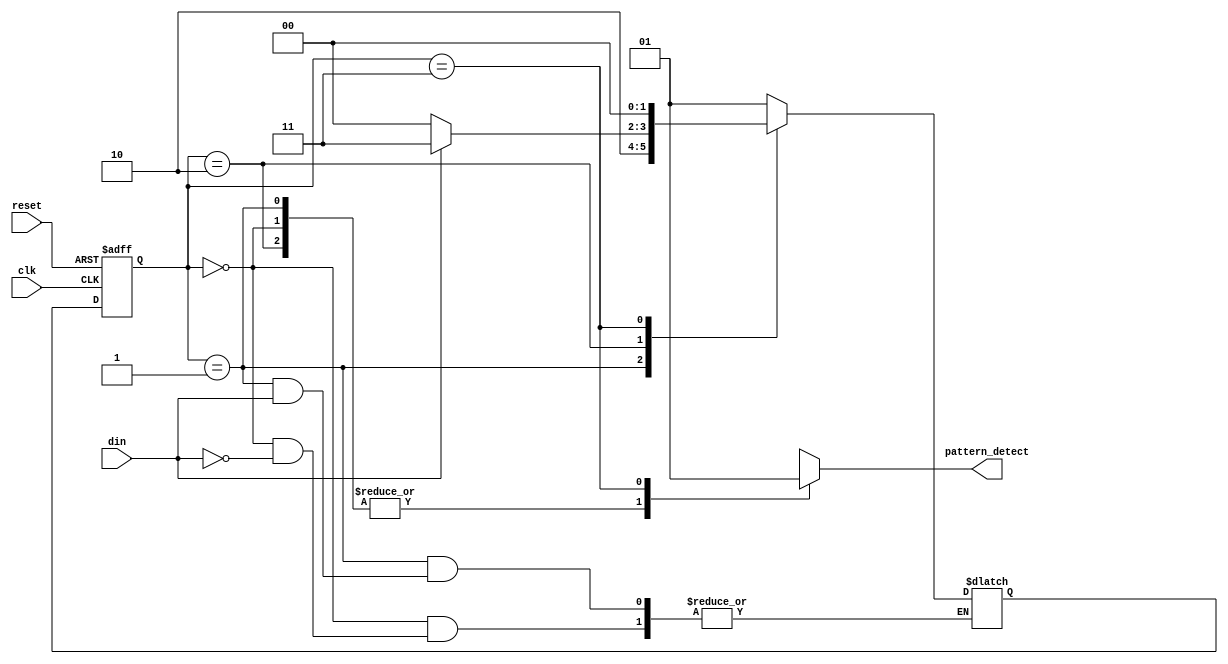
module FSM_lock (input clk , input reset,  input din , output reg pattern_detect);
reg [1:0] present_state , next_state;
always @ (posedge clk,  posedge reset)
begin
	if(reset)
		present_state <= 2'b00;
	else
		present_state <= next_state;
end


always @ (*)
begin
	case(present_state)

		2'b00 : begin
				if(din)
					next_state = 2'b01;
					pattern_detect = 1'b0;
			end

		2'b01 : begin
				if(!din)
					next_state = 2'b10;
					pattern_detect = 1'b0;
			end

		2'b10 : begin
				if(din) begin
					next_state = 2'b11;
					pattern_detect = 1'b0;
					end
					
				else	begin
					next_state = 2'b00;
					pattern_detect = 1'b0;
					end
					
			end 

		2'b11 : begin
				next_state = 2'b00;
				pattern_detect = 1'b1;

			end

		default : begin
				next_state = present_state;
				pattern_detect = 1'b0;
			  end
	endcase

				
end


endmodule